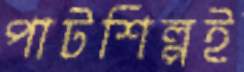
পাটশিল্পই